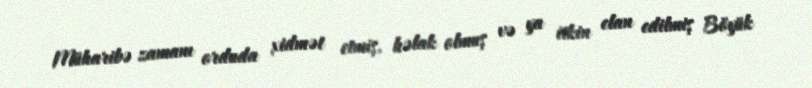
Müharibə zamanı orduda xidmət etmiş, həlak olmuş və ya itkin elan edilmiş Böyük